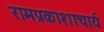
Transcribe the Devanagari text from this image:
रामप्रकाशाचार्य